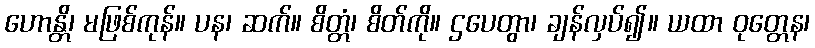
ဟောန္တိ၊ မဖြစ်ကုန်။ ပန၊ ဆက်။ စိတ္တံ၊ စိတ်ကို။ ဌပေတွာ၊ ချန်လှပ်၍။ ယထာ ဝုတ္တေန၊